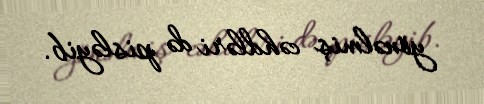
yönəlmiş cəhdləri də pisləyib.